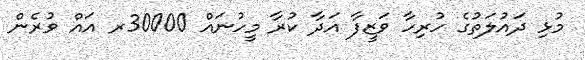
މުޅި ދައުލަތުގެ ހުރިހާ ވަޒީފާ އަދާ ކުރާ މީހުނައް 30000ރ އައް ވުރެން